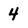
Character: 4